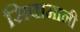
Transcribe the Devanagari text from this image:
सिवामानी